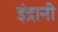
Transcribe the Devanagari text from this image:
इंद्रानी